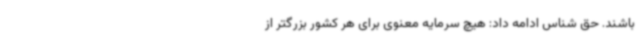
باشند. حق شناس ادامه داد: هیچ سرمایه معنوی برای هر کشور بزرگتر از